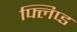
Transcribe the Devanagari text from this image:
फ्लिप्ड